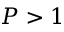
{ P > 1 }